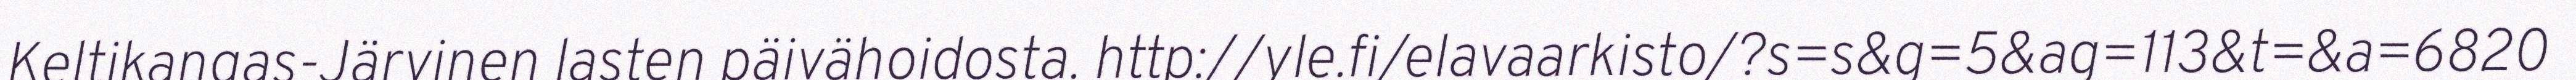
Keltikangas-Järvinen lasten päivähoidosta. http://yle.fi/elavaarkisto/?s=s&g=5&ag=113&t=&a=6820